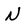
Character: N